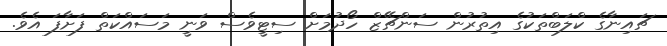
ޗައިނާގެ ކްލަބްތަކުގެ އިތުރުން ސަންޗޭޒް ހޯދުމަށް ސިޓީވެސް ވަނީ މަސައްކަތް ފަށާފަ އެވެ.